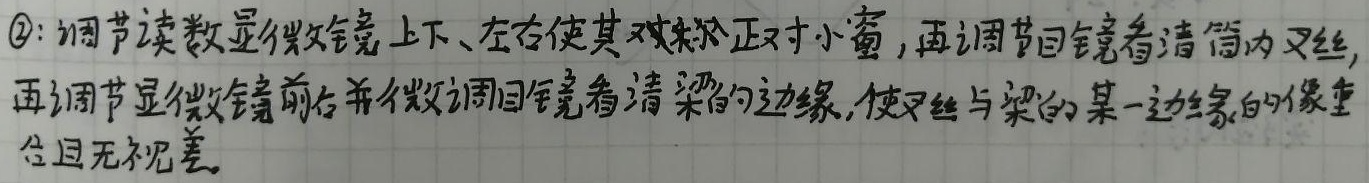
\textcircled{2}：调节读数显微镜上下、左右使其大致正对小窗，再调节目镜看清筒内叉丝，再调节显微镜前后并微调目镜看清梁的边缘，使叉丝与梁的某一边缘的像重合且无视差。